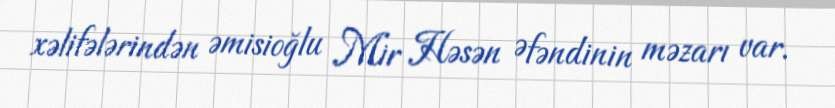
xəlifələrindən əmisioğlu Mir Həsən Əfəndinin məzarı var.